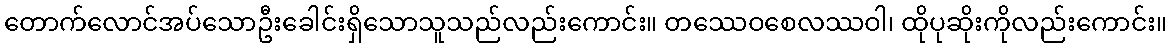
တောက်လောင်အပ်သောဦးခေါင်းရှိသောသူသည်လည်းကောင်း။ တဿေဝစေလဿဝါ၊ ထိုပုဆိုးကိုလည်းကောင်း။